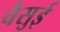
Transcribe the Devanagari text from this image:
चैसुई